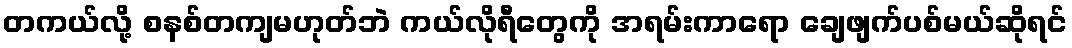
တကယ်လို့ စနစ်တကျမဟုတ်ဘဲ ကယ်လိုရီတွေကို အရမ်းကာရော ချေဖျက်ပစ်မယ်ဆိုရင်